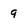
Character: 9